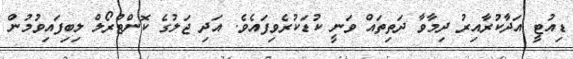
ޑިއުޓީ އަދާކުރާއިރު ދިމާވާ ދަތިތައް ވަނީ ކުޑަކުރެވިފައެވެ. އަދި ޖަލުގެ ކޮންޓްރޯލް ލިބިފައިވުމުން